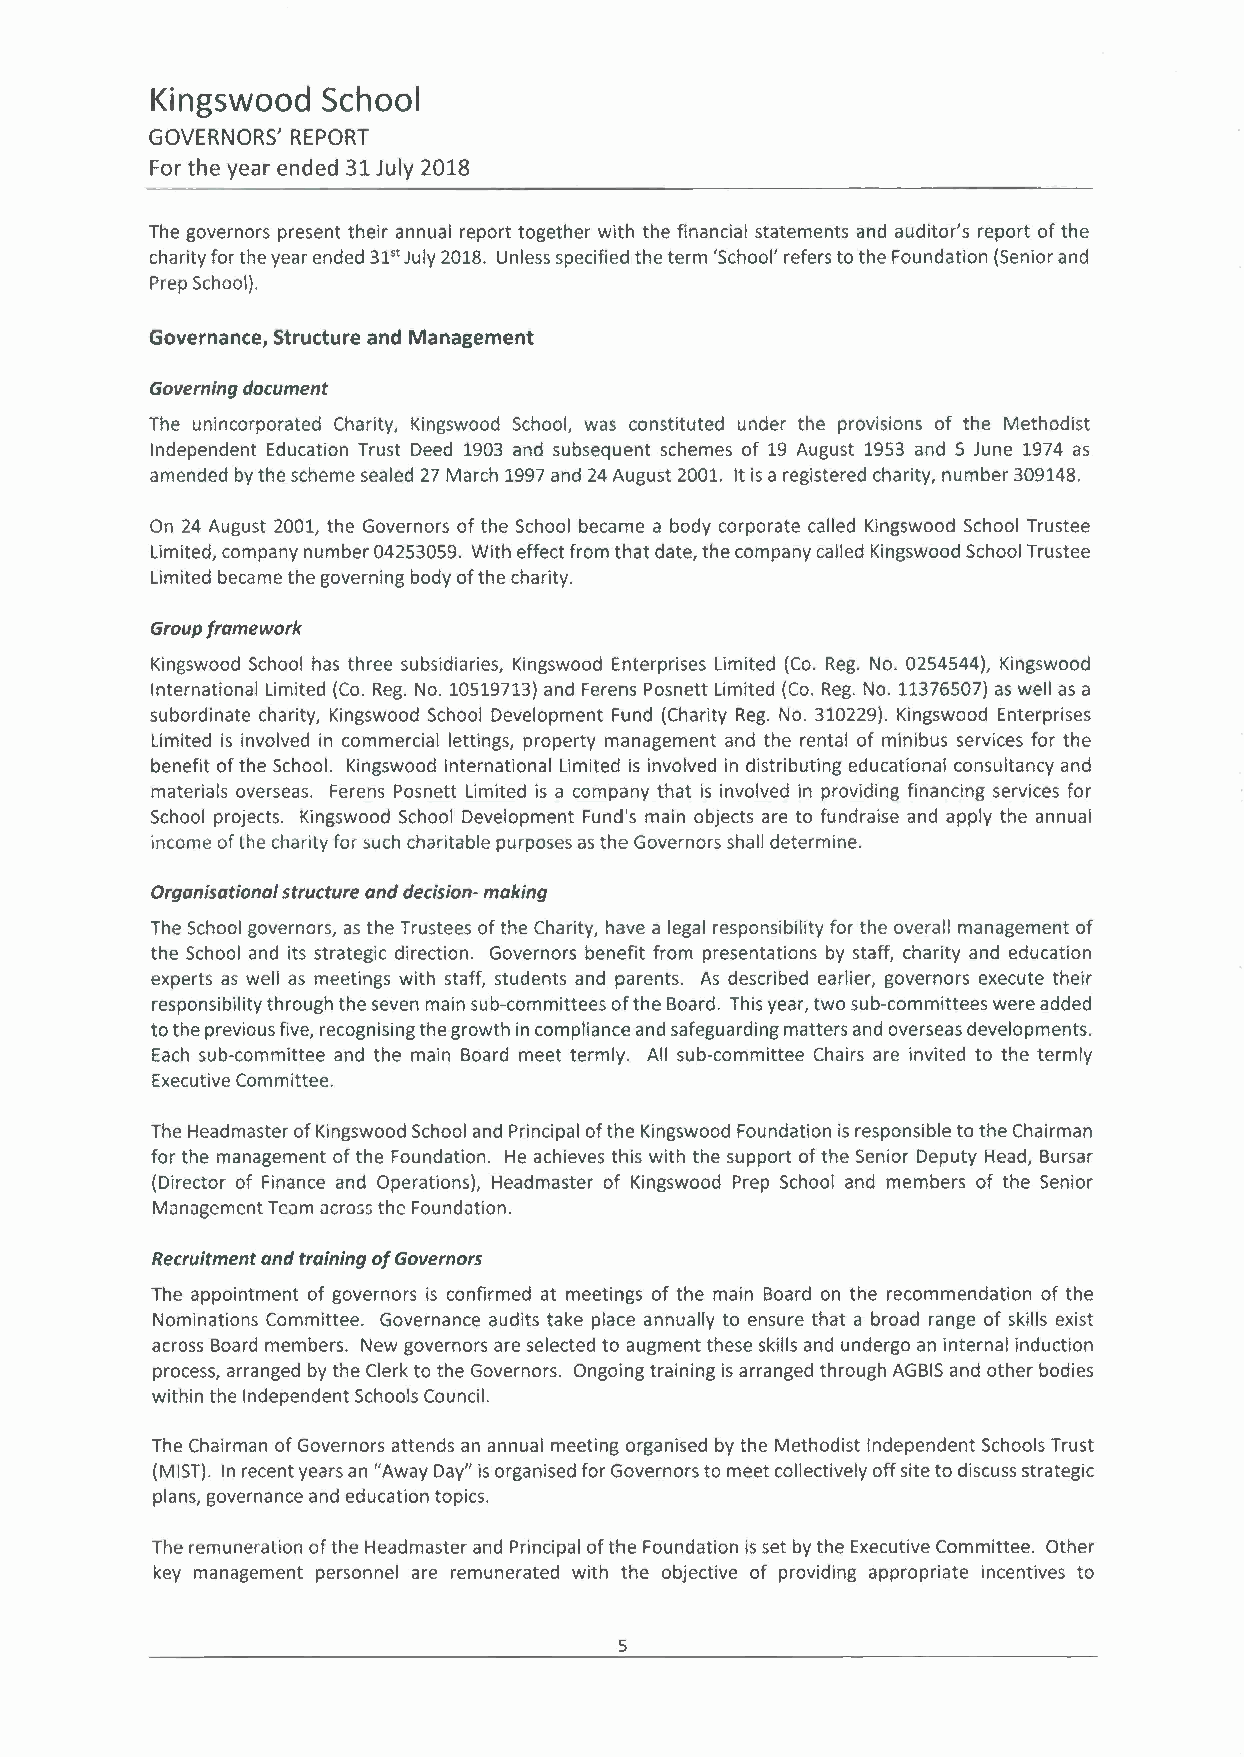
Kingswood  School
 GOVERNORS' REPORT
 For the year ended 31 July 2018
 The governors present their annual report together with the financial statements and auditor's report of the
 charity for the year ended 31't July 2018. Unless specified the term 'School' refers to the Foundation (Senior and
 Prep School).
 Governance, Structure and Management
 Governing document
 The unincorporated Charity, Kingswood School, was constituted under the provisrons of the Methodist
 Independent Education Trust Deed 1903 and subsequent schemes of 19 August 1953 and 5 June 1974 as
 amended by the scheme sealed 27 March 1997 and 24 August 2001. It is a registered charity, number 309148.
 On 24 August 2001, the Governors of the School became a body corporate called Kingswood School Trustee
 Limited, company number 04253059. With effect from that date, the company called Kingswood School Trustee
 Limited became the governing body of the charity.
 Group framework
 Kingswood School has three subsidiaries, Kingswood Enterprises Limited (Co. Reg. No. 0254544), Kingswood
 International Limited (Co. Reg. No. 10519713) and Ferens Posnett Limited (Co. Reg. No. 11376507) as well as a
 subordinate charity, Kingswood School Development Fund (Charity Reg. No. 310229). Kingswood Enterprises
 Limited is involved in commercial lettings, property management and the rental of minibus services for the
 benefit of the School. Kingswood International Limited is involved in distributing educational consultancy and
 materials overseas. Ferens Posnett Limited is a company that is involved in providing financing services for
 School projects. Kingswood School Development Fund's main objects are to fundraise and apply the annual
 income of the charity for such charitable purposes as the Governors shall determine.
 Organisational structure and decision- making
 The School governors, as the Trustees of the Charity, have a legal responsibility for the overall management of
 the School and its strategic direction. Governors benefit from presentations by staff, charity and education
 experts as well as meetings with staff, students and parents. As described earlier, governors execute their
 responsibility through the seven main sub-committees of the Board. This year, two sub-committees were added
 to the previous five, recognising the growth in compliance and safeguarding matters and overseas developments.
 Each sub-committee and the main Board meet termly. All sub-committee Chairs are invited to the termly
 Executive Committee.
 The Headmaster of Kingswood School and Principal of the Kingswood Foundation is responsible to the Chairman
 for the management of the Foundation. He achieves this with the support of the Senior Deputy Head, Bursar
 (Director of Finance and Operations), Headmaster of Kingswood Prep School and members of the Senior
 Management Team across the Fcundation.
 Recruitment and training of Governors
 The appointment of governors is confirmed at meetings of the main Board on the recommendation of the
 Nominations Committee. Governance audits take place annually to ensure that a broad range of skills exist
 across Board members. New governors are selected to augment these skills and undergo an internal induction
 process, arranged by the Clerk to the Governors. Ongoing training is arranged through AGBISa nd other bodies
 within the Independent Schools Council.
 The Chairman of Governors attends an annual meeting organised by the Methodist Independent Schools Trust
 (MIST). In recent years an "Away Day" is organised for Governors to meet collectively off site to discuss strategic
 plans, governance and education topics.
 The remuneration of the Headmaster and Principal of the Foundation is set by the Executive Committee. Other
 key management personnel are remunerated with the objective of providing appropriate incentives to
 5